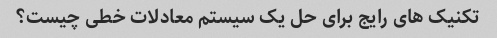
تکنیک های رایج برای حل یک سیستم معادلات خطی چیست؟